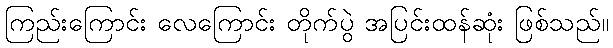
ကြည်းကြောင်း လေကြောင်း တိုက်ပွဲ အပြင်းထန်ဆုံး ဖြစ်သည်။